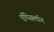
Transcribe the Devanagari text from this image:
ऍप्सिलॉन